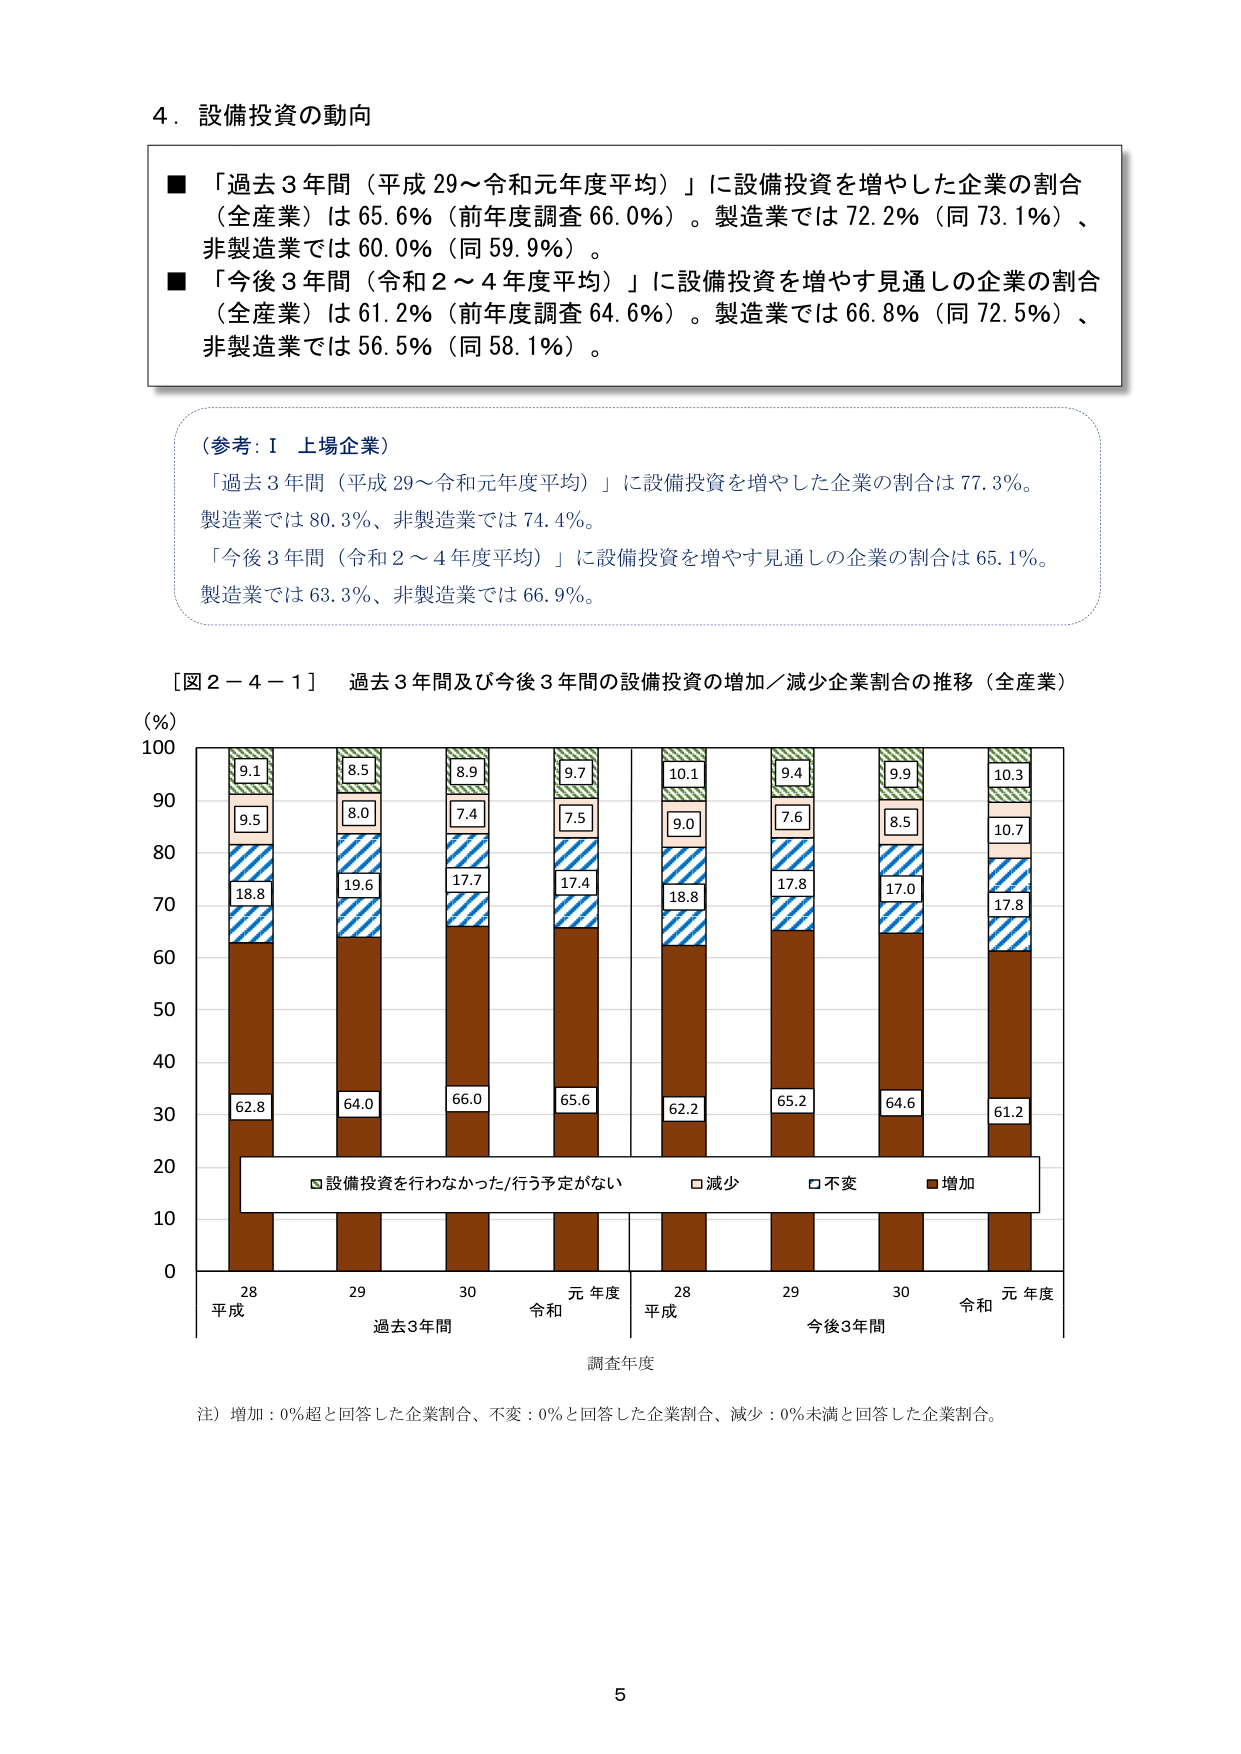
4．設備投資の動向

■「過去3年間（平成29～令和元年度平均）」に設備投資を増やした企業の割合（全産業）は65.6％（前年度調査66.0％）。製造業では72.2％（同73.1％）、非製造業では60.0％（同59.9％）。

■「今後3年間（令和2～4年度平均）」に設備投資を増やす見通しの企業の割合（全産業）は61.2％（前年度調査64.6％）。製造業では66.8％（同72.5％）、非製造業では56.5％（同58.1％）。

（参考：Ⅰ 上場企業）
「過去3年間（平成29～令和元年度平均）」に設備投資を増やした企業の割合は77.3％。製造業では80.3％、非製造業では74.4％。
「今後3年間（令和2～4年度平均）」に設備投資を増やす見通しの企業の割合は65.1％。製造業では63.3％、非製造業では66.9％。

［図2－4－1］ 過去3年間及び今後3年間の設備投資の増加／減少企業割合の推移（全産業）

（％）
100
90
80
70
60
50
40
30
20
10
0

28
平成
過去3年間

29
30
元年度
令和

28
平成
今後3年間

29
30
元年度
令和

調査年度

■設備投資を行わなかった/行う予定がない
□減少
□不変
■増加

9.1
9.5
18.8
62.8

8.5
8.0
19.6
64.0

8.9
7.4
17.7
66.0

9.7
7.5
17.4
65.6

10.1
9.0
18.8
62.2

9.4
7.6
17.8
65.2

9.9
8.5
17.0
64.6

10.3
10.7
17.8
61.2

注）増加：0％超と回答した企業割合、不変：0％と回答した企業割合、減少：0％未満と回答した企業割合。

5